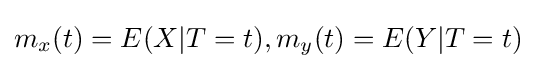
m_{x}(t)=E(X|T=t),m_{y}(t)=E(Y|T=t)